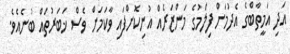
އަދި އަމީތާބްގެ އެދުމަށް ފިލްމުގެ މަންޒަރެއް އުނިކޮށްފައި ވާކަމަށް ވެސް ޚަބަރުތައް ބުނެއެވެ.